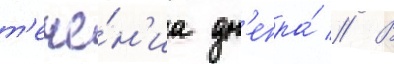
т'ече́н'иа дн'епра́ // В